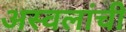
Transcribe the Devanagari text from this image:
अस्वलांची